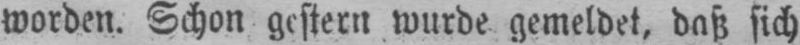
worden. Schon gestern wurde gemeldet, daß sich